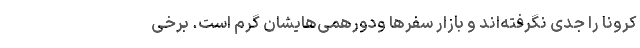
کرونا را جدی نگرفته‌اند و بازار سفرها ودورهمی‌هایشان گرم است. برخی